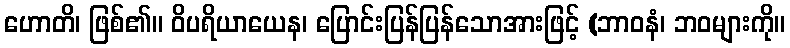
ဟောတိ၊ ဖြစ်၏။ ဝိပရိယာယေန၊ ပြောင်းပြန်ပြန်သောအားဖြင့် (ဘာဝနံ၊ ဘဝများကို။